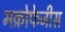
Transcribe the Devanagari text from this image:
मक्रोफेजीस